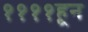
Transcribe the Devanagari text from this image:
११११हून